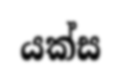
යක්ස